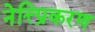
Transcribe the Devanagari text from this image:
नेत्त्प्रिकरण